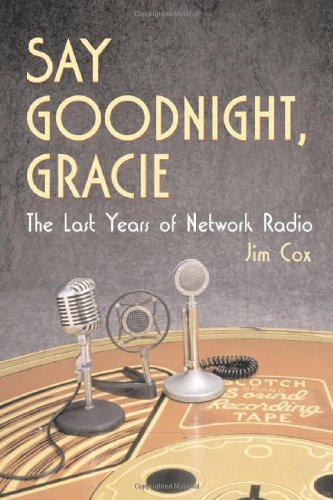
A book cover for Say Goodnight Gracie: The Last Years of Network Radio; Jim Cox; Humor & Entertainment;